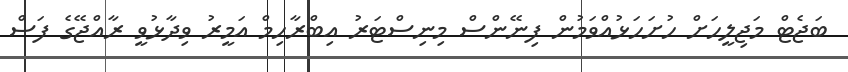
ބަޖެޓް މަޖިލީހަށް ހުށަހަޅުއްވަމުން ފިނޭންސް މިނިސްޓަރު އިބްރާހިމް އަމީރު ވިދާޅުވީ ރާއްޖޭގެ ފަސް